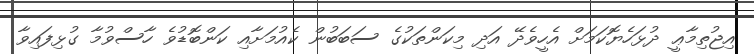
އިޖުތިމާޢީ ދުޅަހެޔޮކަމަށް އެހީވެދޭ އަދި މިކަންތަކުގެ ސަބަބުން ކެއުމަށާއި ކަންބޮޑުވެ ހާސްވުމާ ގުޅިފައިވާ